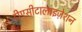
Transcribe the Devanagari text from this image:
डीएसीटालाइज़ेशन